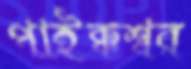
পাইক্কশ্বর